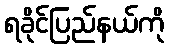
ရခိုင်ပြည်နယ်ကို